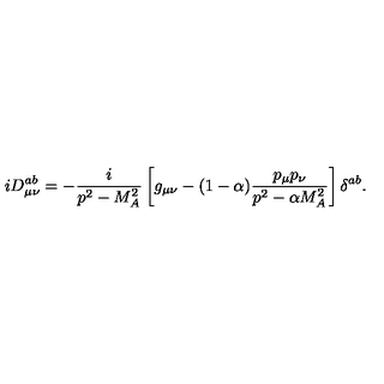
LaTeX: i D _ { \mu \nu } ^ { a b } = - \frac i { p ^ { 2 } - M _ { A } ^ { 2 } } \left[ g _ { \mu \nu } - ( 1 - \alpha ) \frac { p _ { \mu } p _ { \nu } } { p ^ { 2 } - \alpha M _ { A } ^ { 2 } } \right] \delta ^ { a b } .